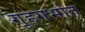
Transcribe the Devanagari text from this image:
गृहगर्भात